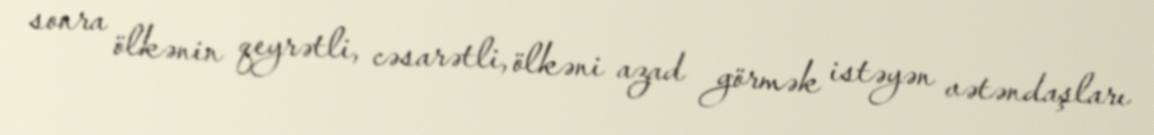
sonra ölkənin qeyrətli, cəsarətli, ölkəni azad görmək istəyən vətəndaşları